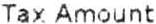
TAX AMOUNT